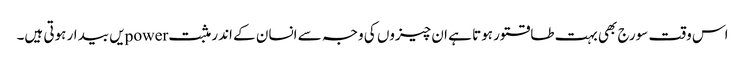
اس وقت سورج بھی بہت طاقتور ہوتا ہے ان چیزوں کی وجہ سے انسان کے اندر مثبت powerیں بیدار ہوتی ہیں۔